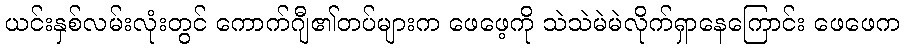
ယင်းနှစ်လမ်းလုံးတွင် ကောက်ဂျီ၏တပ်များက ဖေဖေ့ကို သဲသဲမဲမဲလိုက်ရှာနေကြောင်း ဖေဖေက